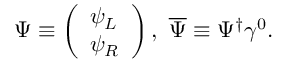
\Psi \equiv \left( \begin{array} { l } { { \psi _ { L } } } \\ { { \psi _ { R } } } \end{array} \right) , \ \overline { { { \Psi } } } \equiv \Psi ^ { \dagger } \gamma ^ { 0 } .